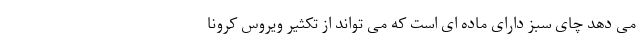
می دهد چای سبز دارای ماده ای است که می تواند از تکثیر ویروس کرونا